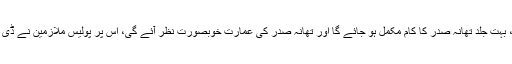
ایس ایچ او تھانہ صدر زمان رشید وٹواپنی نگرانی میں تھانہ صدر کی عمارت کی مرمت کروا رہے ہیں، بہت جلد تھانہ صدر کا کام مکمل ہو جائے گا اور تھانہ صدر کی عمارت خوبصورت نظر آئے گی، اس پر پولیس ملازمین نے ڈی پی او ساہیوال کیپٹن ریٹائرڈ محمد علی ضیاء اور ایس ایچ او صدر زمان رشید وٹو کے کام کو سراہا ہے.